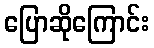
ပြောဆိုကြောင်း